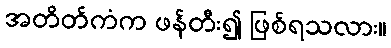
အတိတ်ကံက ဖန်တီး၍ ဖြစ်ရသလား။